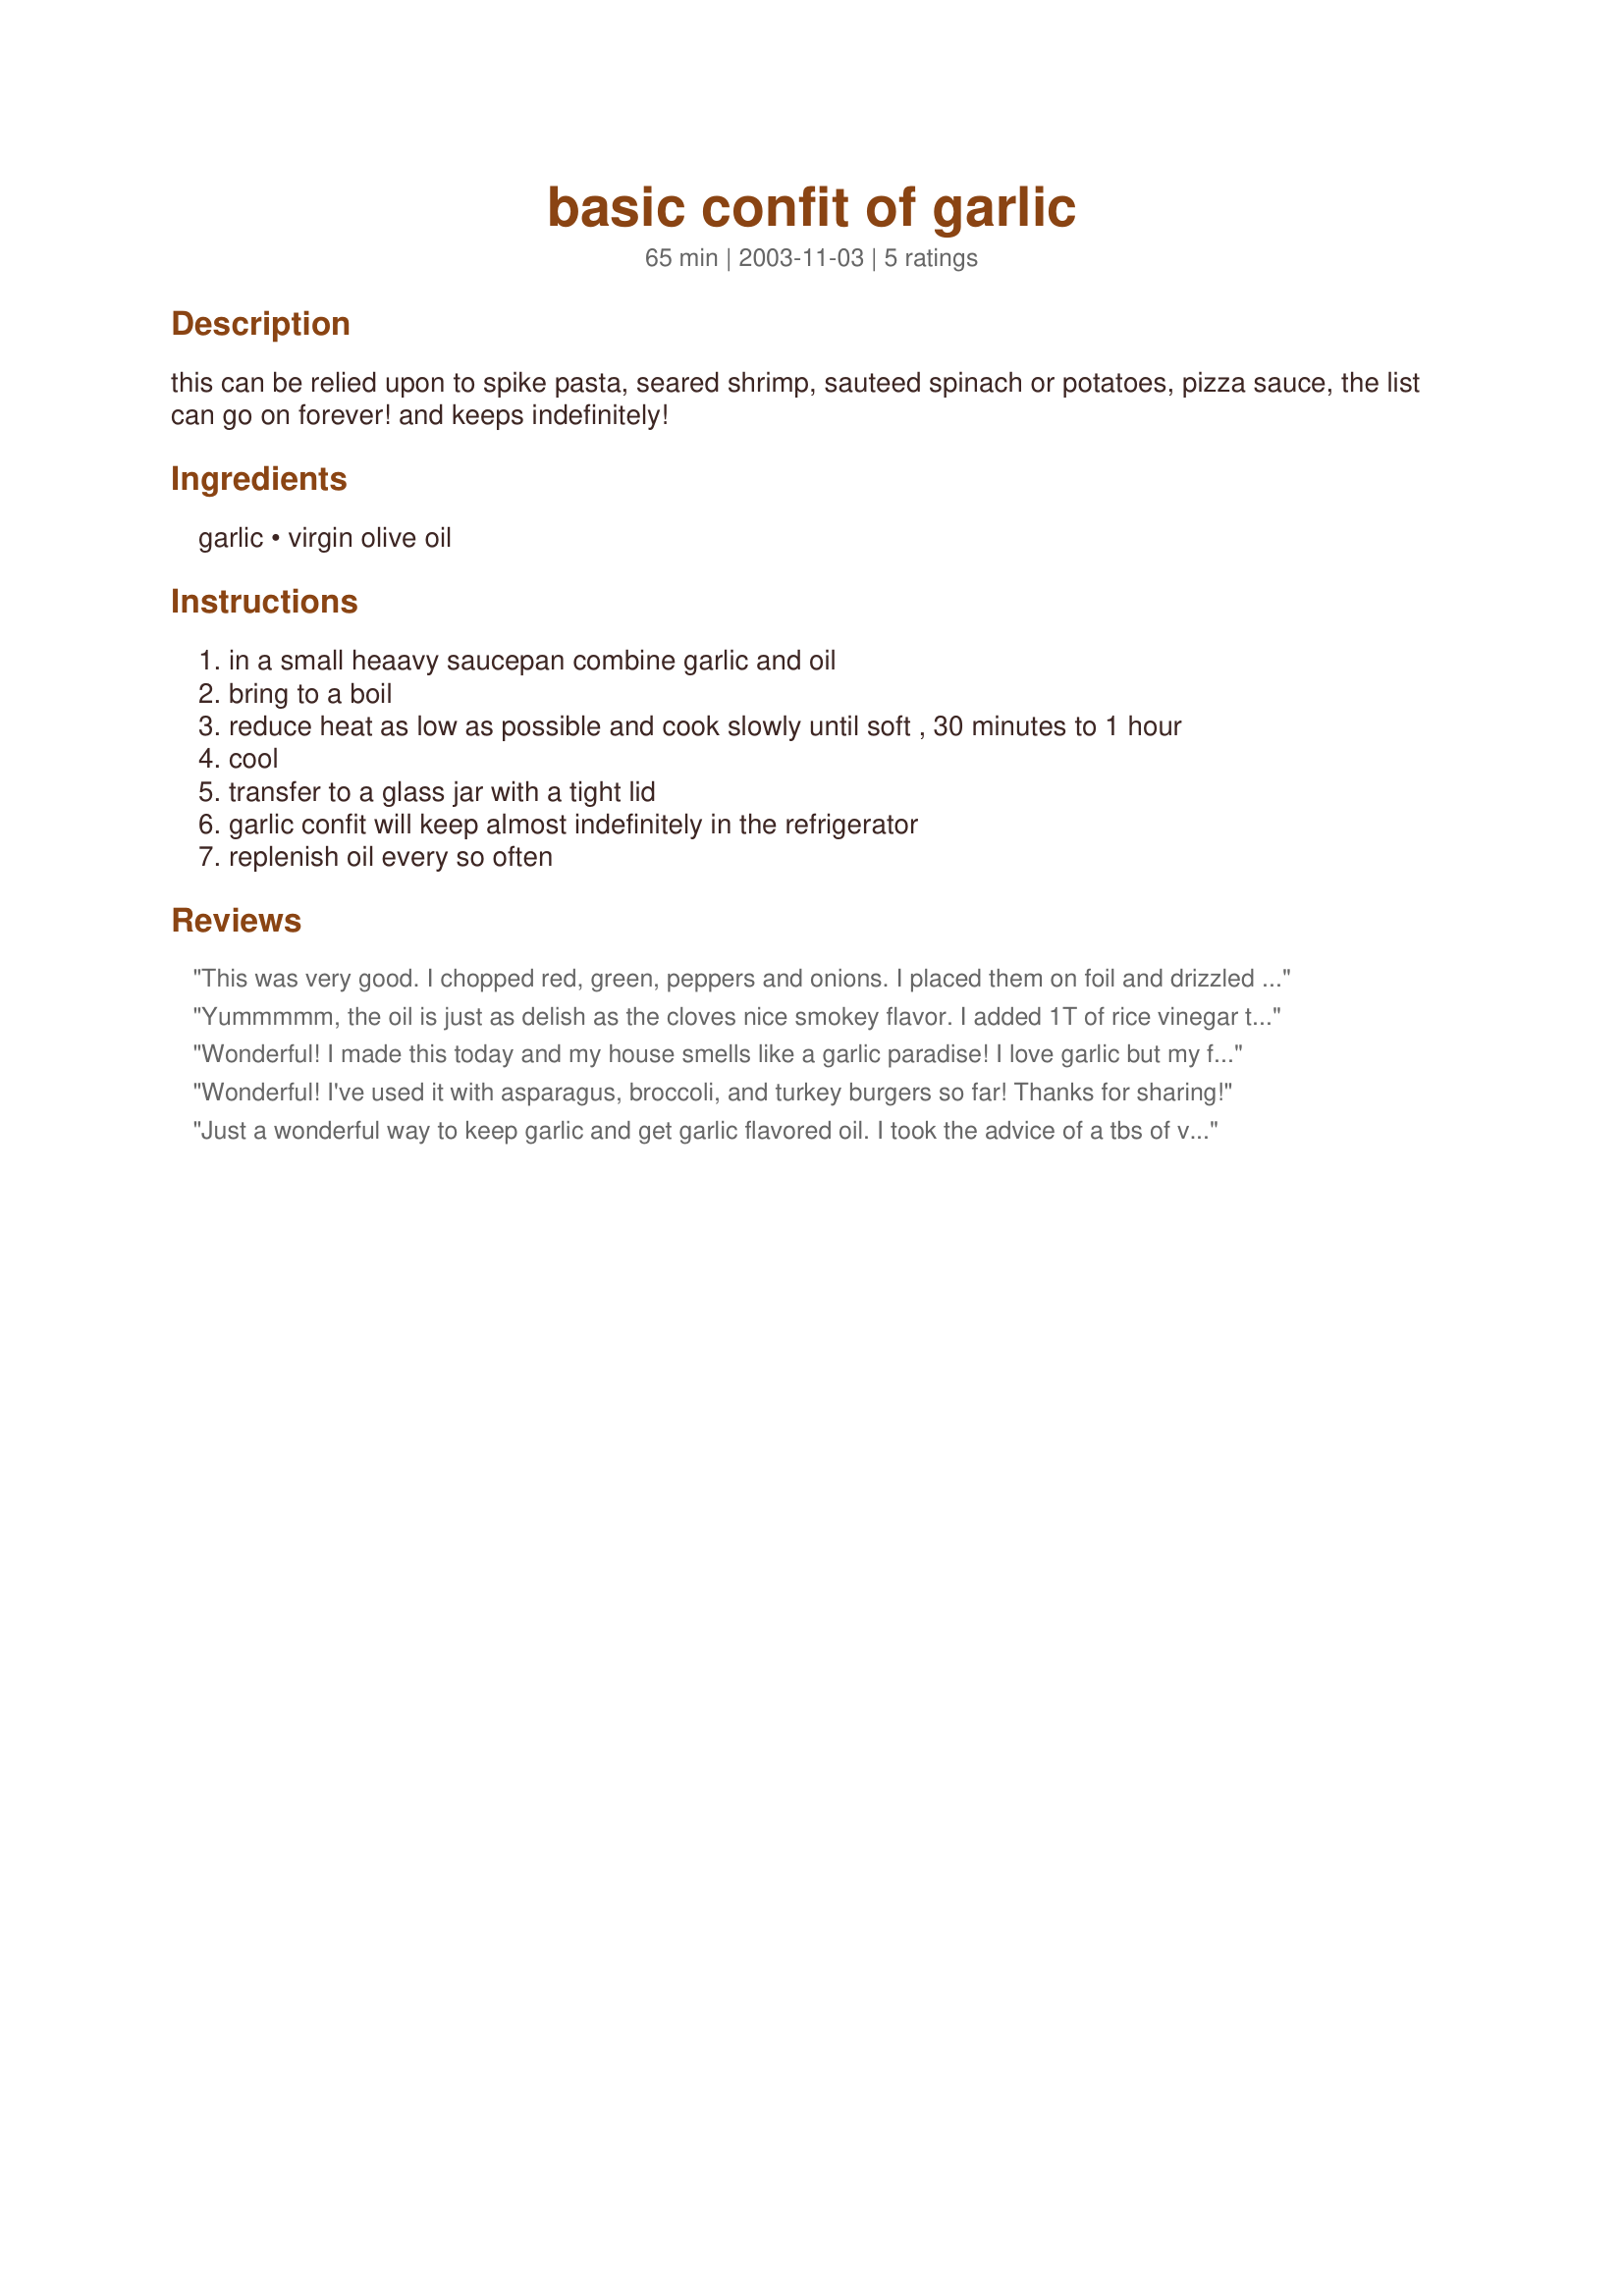
basic confit of garlic
Preparation time: 65 minutes

this can be relied upon to spike pasta, seared shrimp, sauteed spinach or potatoes, pizza sauce, the list can go on forever! and keeps indefinitely!

Ingredients:
garlic, virgin olive oil

Steps:
in a small heaavy saucepan combine garlic and oil, bring to a boil, reduce heat as low as possible and cook slowly until soft , 30 minutes to 1 hour, cool, transfer to a glass jar with a tight lid, garlic confit will keep almost indefinitely in the refrigerator, replenish oil every so often

Reviews:
This was very good. I chopped red, green, peppers and onions. I placed them on foil and drizzled this over them. I wrapped them up and cooked them on the barbecue. I think next time I will experiment with different herbs and spices. Thanks
Yummmmm, the oil is just as delish as the cloves nice smokey flavor. I added 1T of rice vinegar to every cup of oil to ward of botulism. Thanks, this is a keeper!
Wonderful! I made this today and my house smells like a garlic paradise! I love garlic but my fiance does not. Using this, I can now add garlic to lots more things! He is going to hate it! lol The first thing I did with this is used it to make Tomato Bruschetta Recipe #94084. Instead of using just plain oil, I used this! DIVINE! I am so glad I made this. I had a head and a half of garlic to use up before it went bad... so that worked out to 17 cloves. Perfect. One thing I found out though was that when the recipe says to turn the stove low, it means low. I have a gas stove and it doesn't go overly low. The oil and the garlic was starting to burn because the flame was too high. So I grabbed the guard from the other burner and put it on top of the one I was using and put the pan on top of that. That worked great. There were only little bubbles after that and I think that is what was needed. I will be putting this into my permanent recipe book. Thanks for yet another winner Sharon!
Wonderful! I've used it with asparagus, broccoli, and turkey burgers so far! Thanks for sharing!
Just a wonderful way to keep garlic and get garlic flavored oil. I took the advice of a tbs of vinegar to ward of botulism and plan to keep it all the time just refreshing it. I also suggest preparing two burners if you have electric, one on lowest setting and one to bring to a boil. It takes a long time for the burner to get low enough to stop the boil otherwise.
